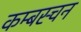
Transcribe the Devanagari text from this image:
कम्बस्चन